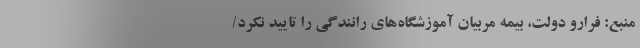
منبع: فرارو دولت، بیمه مربیان آموزشگاه‌های رانندگی را تایید نکرد/